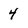
Character: 4